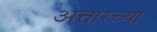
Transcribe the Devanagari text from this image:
अत्तारच्या